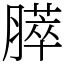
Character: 膵